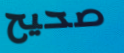
صحيح